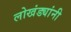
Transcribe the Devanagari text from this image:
लोखंड्यांनी